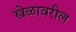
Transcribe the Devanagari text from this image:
खेळावरील